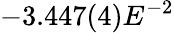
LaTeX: -3.447(4)E^{-2}